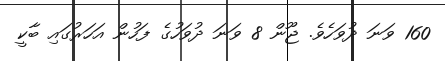
160 ވަނަ ދުވަހެވެ. ޖޫން 8 ވަނަ ދުވަހުގެ ފަހުން އަހަރުގައި ބާކީ